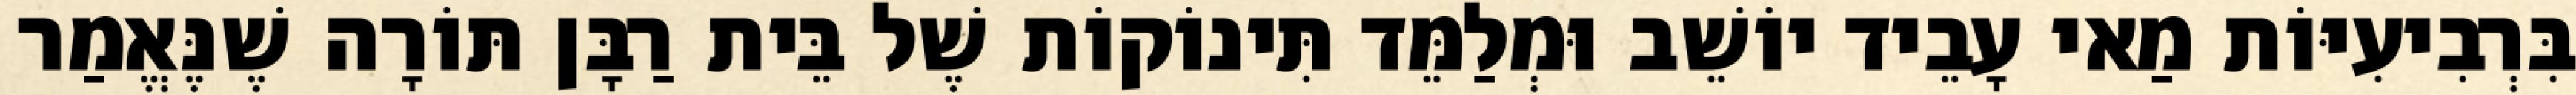
בִּרְבִיעִיּוֹת מַאי עָבֵיד יוֹשֵׁב וּמְלַמֵּד תִּינוֹקוֹת שֶׁל בֵּית רַבָּן תּוֹרָה שֶׁנֶּאֱמַר